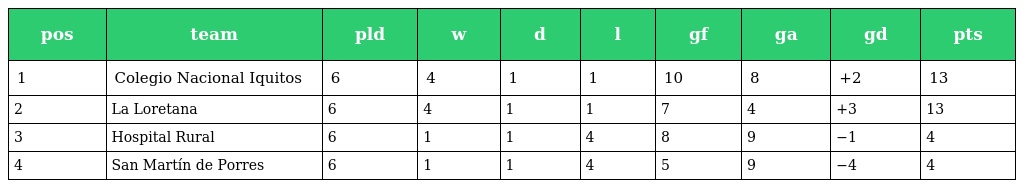
| pos | team | pld | w | d | l | gf | ga | gd | pts |
 | --- | --- | --- | --- | --- | --- | --- | --- | --- | --- |
 | 1 | Colegio Nacional Iquitos | 6 | 4 | 1 | 1 | 10 | 8 | +2 | 13 |
 | 2 | La Loretana | 6 | 4 | 1 | 1 | 7 | 4 | +3 | 13 |
 | 3 | Hospital Rural | 6 | 1 | 1 | 4 | 8 | 9 | −1 | 4 |
 | 4 | San Martín de Porres | 6 | 1 | 1 | 4 | 5 | 9 | −4 | 4 |